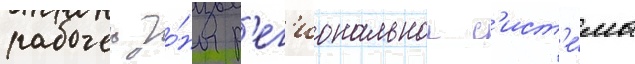
рабочеи зо́ны р'ег'иональнои с'ист'е́мы